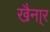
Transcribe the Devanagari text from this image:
खैना्र